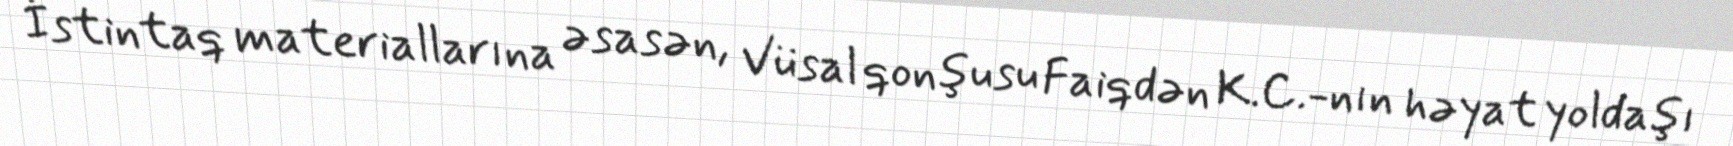
İstintaq materiallarına əsasən, Vüsal qonşusu Faiqdən K.C.-nın həyat yoldaşı